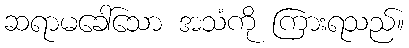
ဆရာမခေါ်သော အသံကို ကြားရသည်။